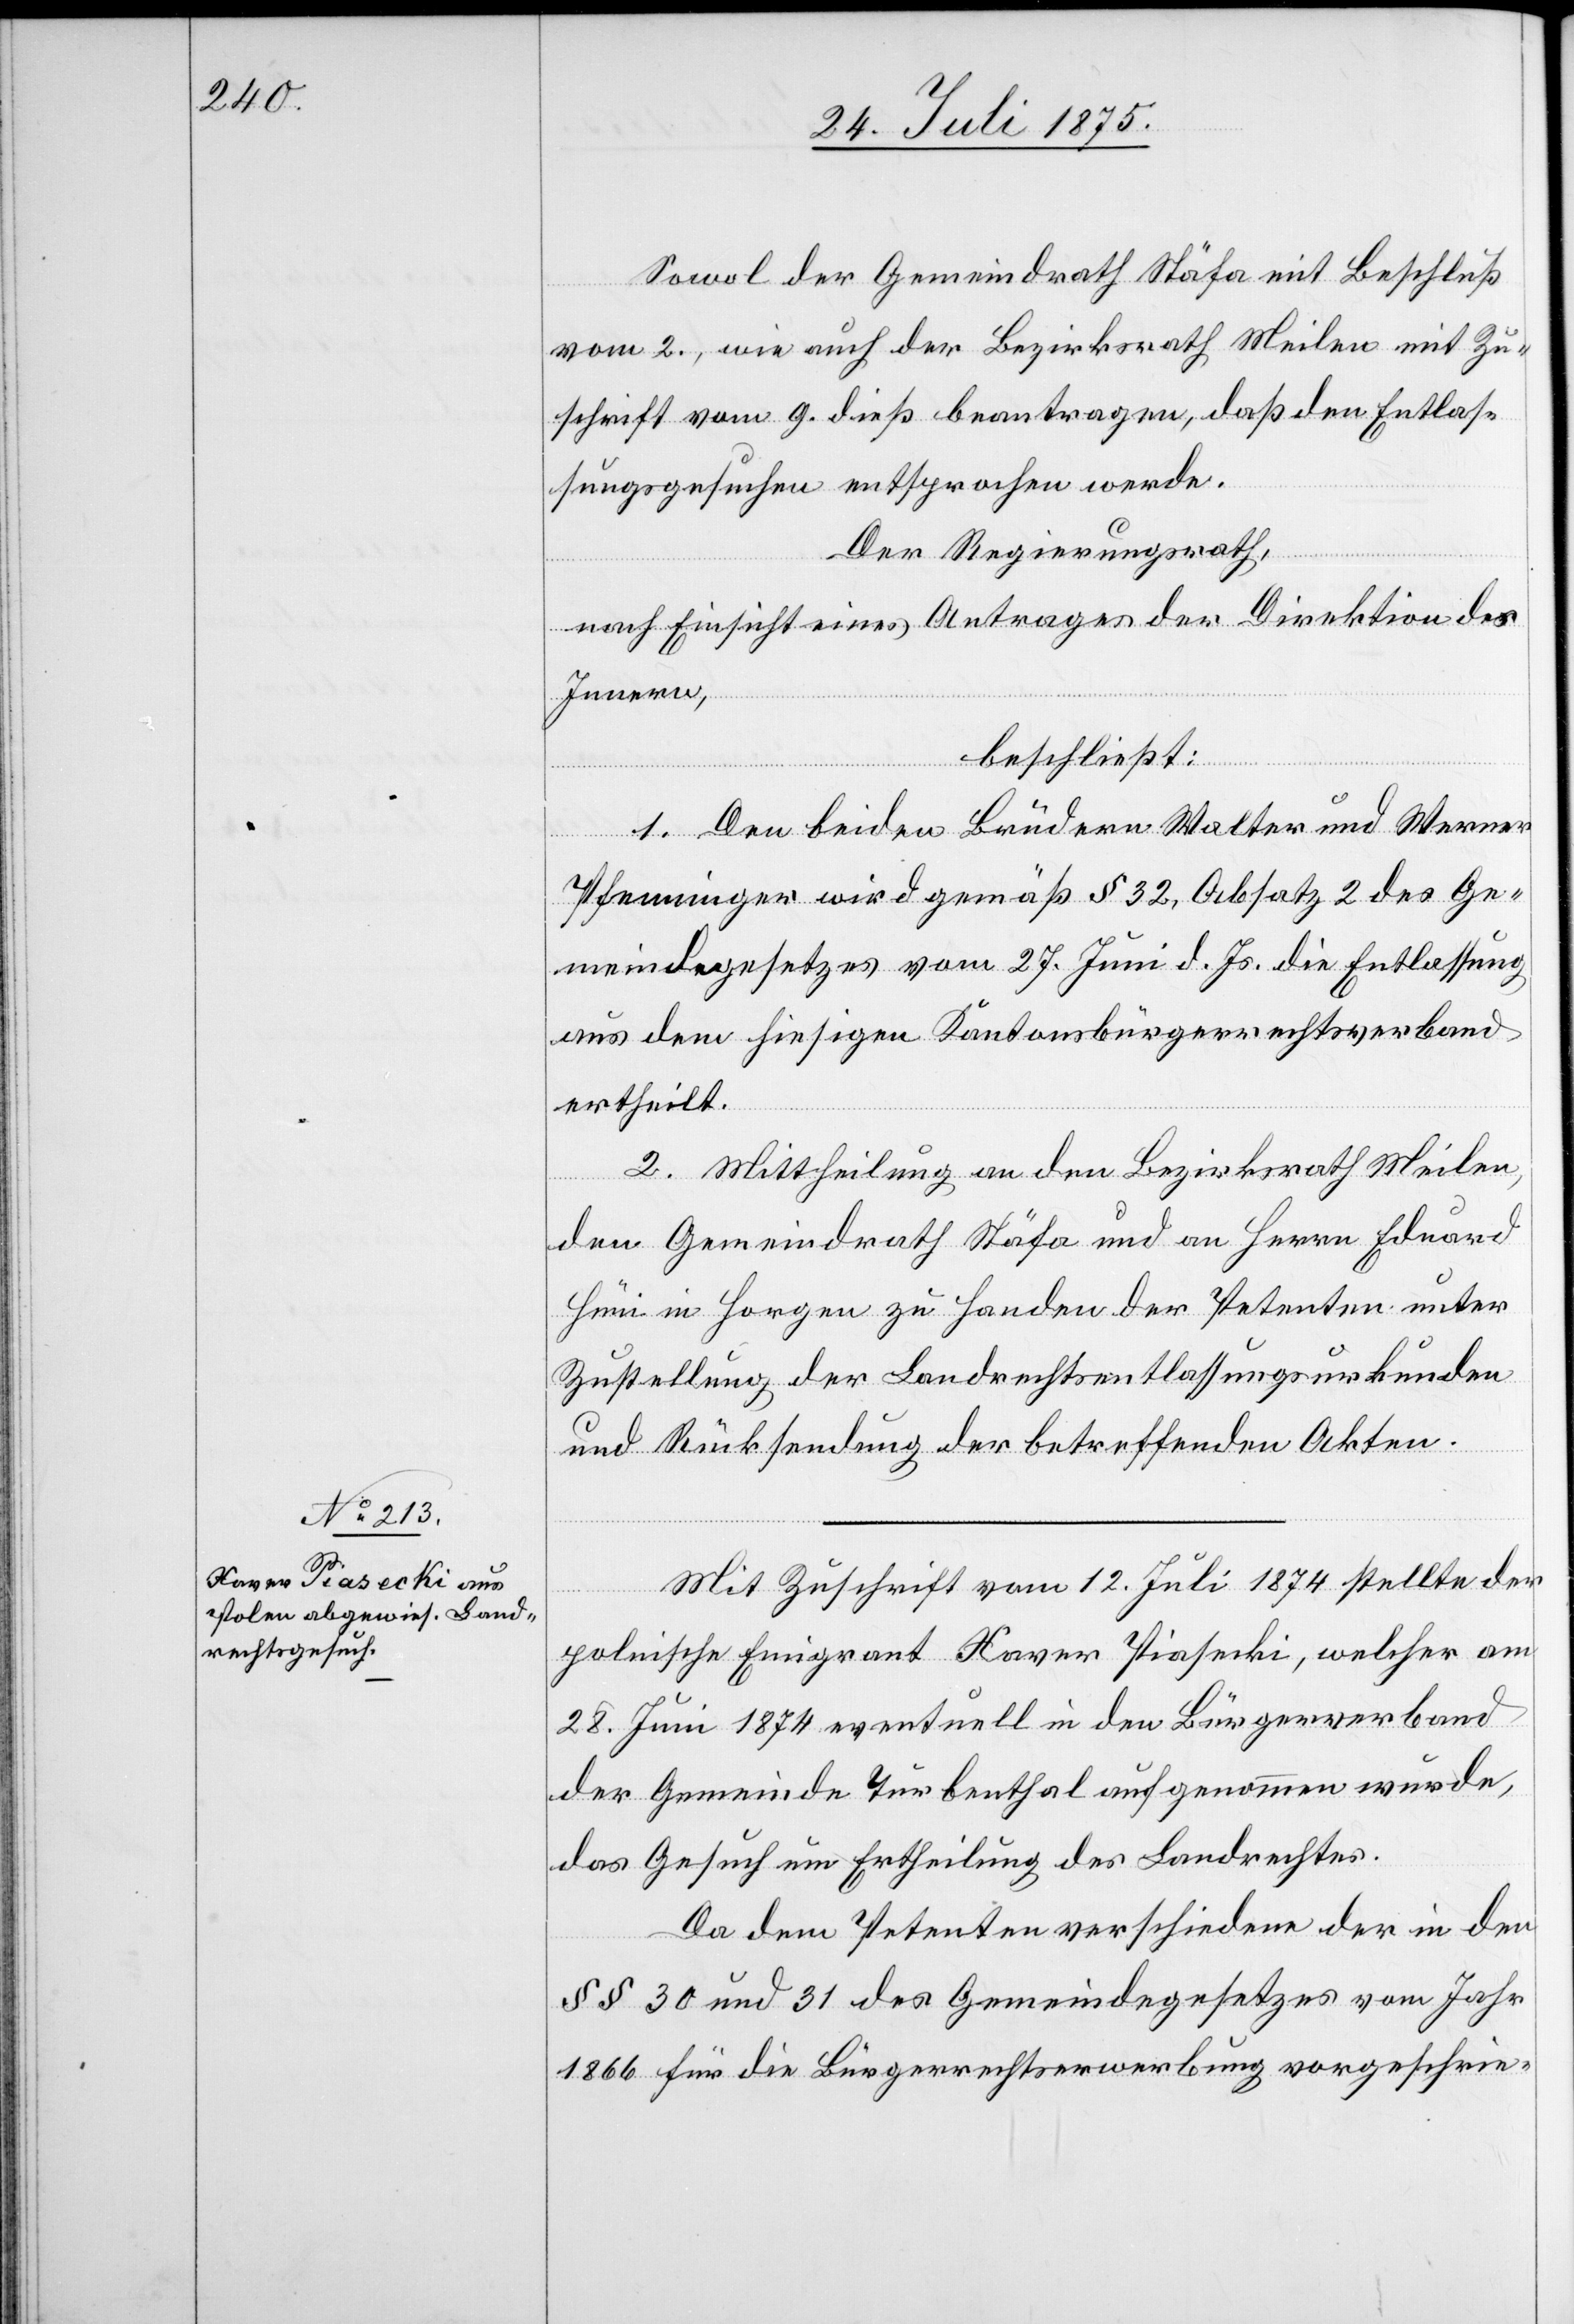
Sowol der Gemeindrath Stäfa mit Beschluß
vom 2., wie auch der Bezirksrath Meilen mit Zu¬
schrift vom 9. dieß beantragen, daß den Entlas¬
sungsgesuchen entsprochen werde.
Der Regierungsrath,
nach Einsicht eines Antrages der Direktion des
Innern,
beschließt:
1. Den beiden Brüdern Walter und Werner
Pfenninger wird gemäß § 32, Absatz 2 des Ge¬
meindegesetzes vom 27. Juni d. Js. die Entlassung
aus dem hiesigen Kantonsbürgerrechtsverband
ertheilt.
2. Mittheilung an den Bezirksrath Meilen,
den Gemeindrath Stäfa und an Herrn Eduard
Hüni in Horgen zu Handen der Petenten unter
Zustellung der Landrechtsentlassungsurkunden
und Rücksendung der betreffenden Akten.
Mit Zuschrift vom 12. Juli 1874 stellte der
Politische Emigrant Xaver Piasecki, welcher am
28. Juni 1874 eventuell in den Bürgerverband
der Gemeinde Turbenthal aufgenommen wurde,
das Gesuch um Ertheilung des Landrechtes.
Da dem Petenten verschiedene der in den
§§ 30 und 31 des Gemeindegesetzes vom Jahr
1866 für die Bürgerrechtserwerbung vorgeschrie-